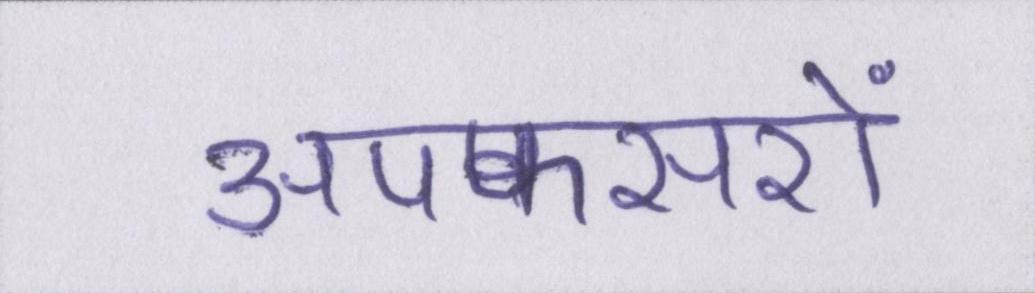
अपफसरों